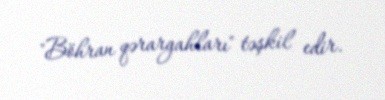
"Böhran qərargahları" təşkil edir.